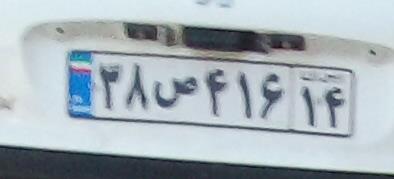
۳۸ص۴۱۶۱۴